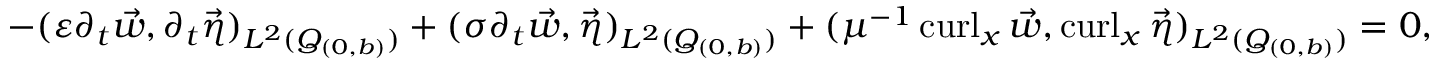
\begin{array} { r } { - ( \varepsilon \partial _ { t } \vec { w } , \partial _ { t } \vec { \eta } ) _ { L ^ { 2 } ( Q _ { ( 0 , b ) } ) } + ( \sigma \partial _ { t } \vec { w } , \vec { \eta } ) _ { L ^ { 2 } ( Q _ { ( 0 , b ) } ) } + ( \mu ^ { - 1 } \operatorname { c u r l } _ { x } \vec { w } , \operatorname { c u r l } _ { x } \vec { \eta } ) _ { L ^ { 2 } ( Q _ { ( 0 , b ) } ) } = 0 , } \end{array}